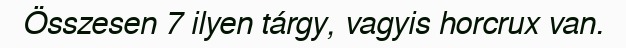
Összesen 7 ilyen tárgy, vagyis horcrux van.